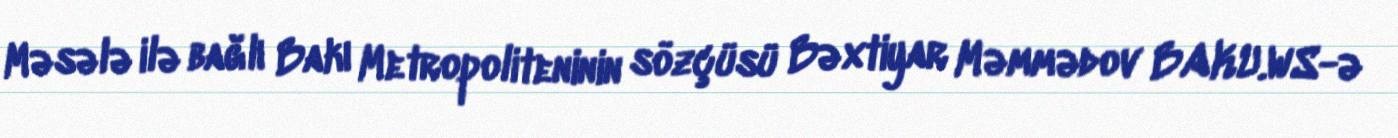
Məsələ ilə bağlı Bakı Metropoliteninin sözçüsü Bəxtiyar Məmmədov BAKU.WS-ə